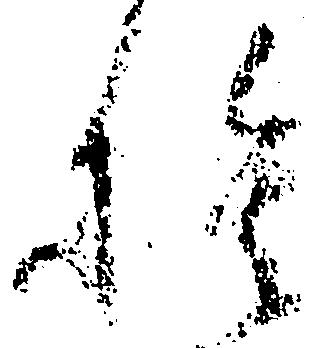
捨